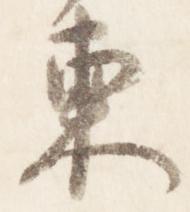
東